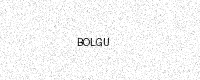
Text: BOLGU